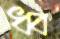
ধ্ব